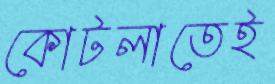
কোটলাতেই